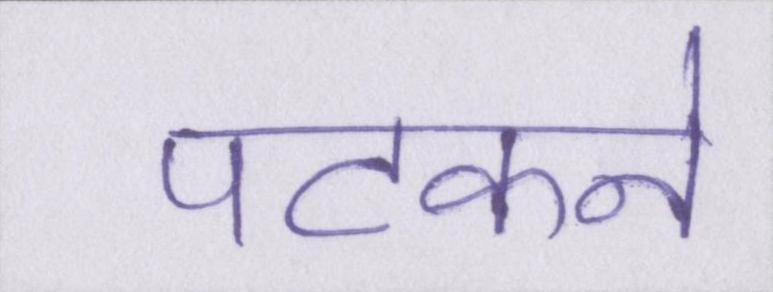
पटकने